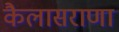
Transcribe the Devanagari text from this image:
कैलासराणा